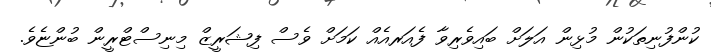
ކުންފުނިތަކުން މުޅިން އަލަށް ބައިވެރިވާ ފެއަރއެއް ކަމަށް ވެސް ފިޝަރީޒް މިނިސްޓްރީން ބުންޏެވެ.